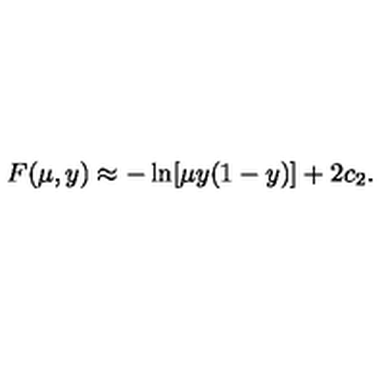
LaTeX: F ( \mu , y ) \approx - \ln [ \mu y ( 1 - y ) ] + 2 c _ { 2 } .